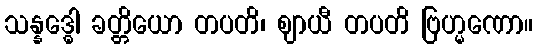
သန္နဒ္ဓေါ ခတ္တိယော တပတိ၊ ဈာယီ တပတိ ဗြဟ္မဏော။